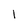
Character: l